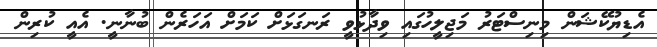
އެޑިޔުކޭޝަން މިނިސްޓަރު މަޖިލީހުގައި ވިދާޅުވީ ރަނގަޅަށް ކަމަށް އަހަރެން ބުނާނީ. އެއީ ކުރިން